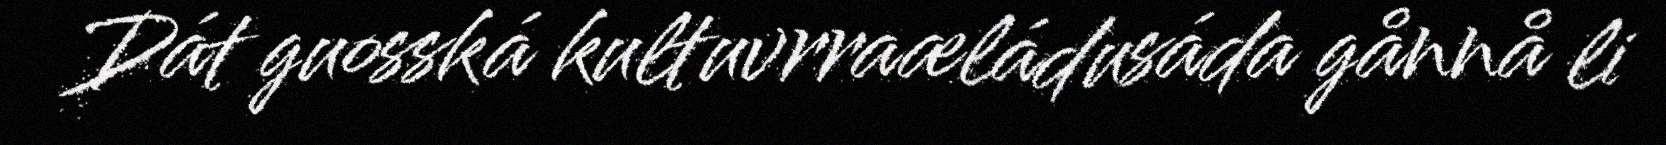
Dát guosská kultuvrraæládusáda gånnå li